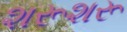
શરૂશરૂ